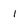
Character: 1